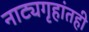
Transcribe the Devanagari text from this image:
नाट्यगृहांतही